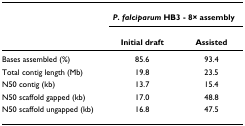
<table><thead><tr><td></td><td colspan="2"><b><i>P. falciparum </i>HB3 - 8× assembly</b></td></tr><tr><td></td><td><b>Initial draft</b></td><td><b>Assisted</b></td></tr></thead><tbody><tr><td>Bases assembled (%)</td><td>85.6</td><td>93.4</td></tr><tr><td>Total contig length (Mb)</td><td>19.8</td><td>23.5</td></tr><tr><td>N50 contig (kb)</td><td>13.7</td><td>15.4</td></tr><tr><td>N50 scaffold gapped (kb)</td><td>17.0</td><td>48.8</td></tr><tr><td>N50 scaffold ungapped (kb)</td><td>16.8</td><td>47.5</td></tr></tbody></table>